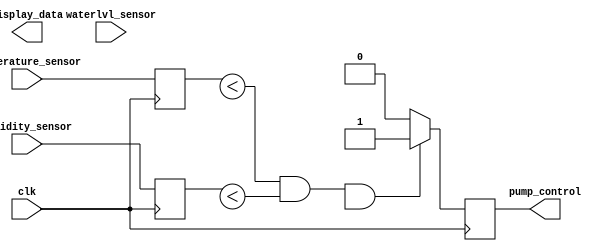
`timescale 1ns/1ps
module AquariumController(input [7:0] temperature_sensor,
    					  input [7:0] humidity_sensor,
    					  input waterlvl_sensor,
                          input clk,
    					  output pump_control,
    					  output [7:0] display_data);
  	reg [7:0] temperature;
  	reg [7:0] humidity;
  	reg [7:0] desired_temperature;
  	reg [7:0] desired_humidity;
    reg waterlvl_pos;  //positive - means more water can be stored in the tank
    reg pump_on;
    always @(posedge clk) 
    begin
        temperature <= temperature_sensor;
        humidity <= humidity_sensor;
      if (temperature < desired_temperature && humidity < desired_humidity && waterlvl_pos) 
        begin
            pump_on <= 1'b1;
        end 
        else 
        begin
            pump_on <= 1'b0;
        end
    end
    assign pump_control = pump_on;
endmodule